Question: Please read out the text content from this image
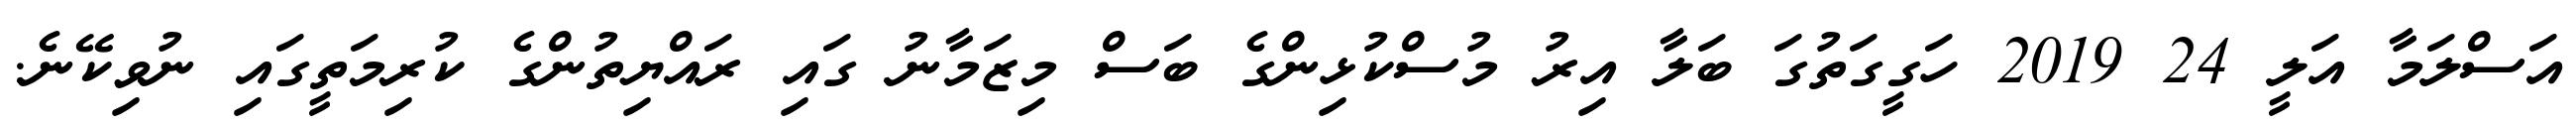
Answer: އަސްލަމާ އަލީ 24 2019 ހަގީގަތުގަ ބަލާ އިރު މުސްކުޅިންގެ ބަސް މިޒަމާނު ގައި ރައްޔިތުންގެ ކުރިމަތީގައި ނުވިކޭނެ.